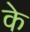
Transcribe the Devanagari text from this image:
के